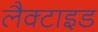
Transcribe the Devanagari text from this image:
लैक्टाइड